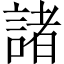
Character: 諸